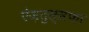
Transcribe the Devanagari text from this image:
ऐज़तुस्सफ़ा